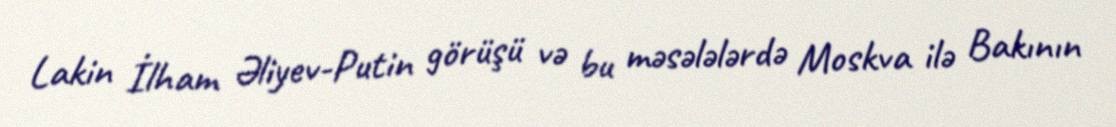
Lakin İlham Əliyev-Putin görüşü və bu məsələlərdə Moskva ilə Bakının